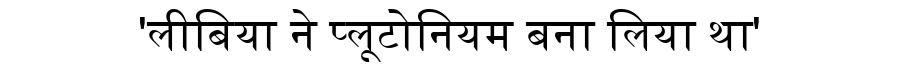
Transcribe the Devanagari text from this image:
'लीबिया ने प्लूटोनियम बना लिया था'